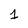
Character: 1